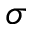
\sigma